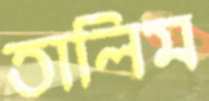
তালিম